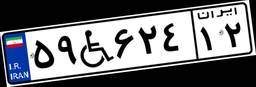
۵۹W۶۲۴۱۲